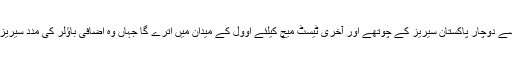
لندن: انگلینڈ کے خلاف ٹیسٹ سیریز میں خسارے سے دوچار پاکستان سیریز کے چوتھے اور آخری ٹیسٹ میچ کیلئے اوول کے میدان میں اترے گا جہاں وہ اضافی باؤلر کی مدد سیریز برابر 2-2 سے برابر کرنے کی کوشش کرے گا۔